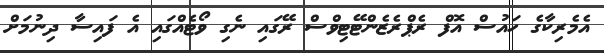
އެމެރިކާގެ ހައުސް އޮފް ރެޕްރެޒެންޓޭޓިވްސް ރޭގައި ނެގި ވޯޓެއްގައި އެ ފައިސާ ދިނުމަށް